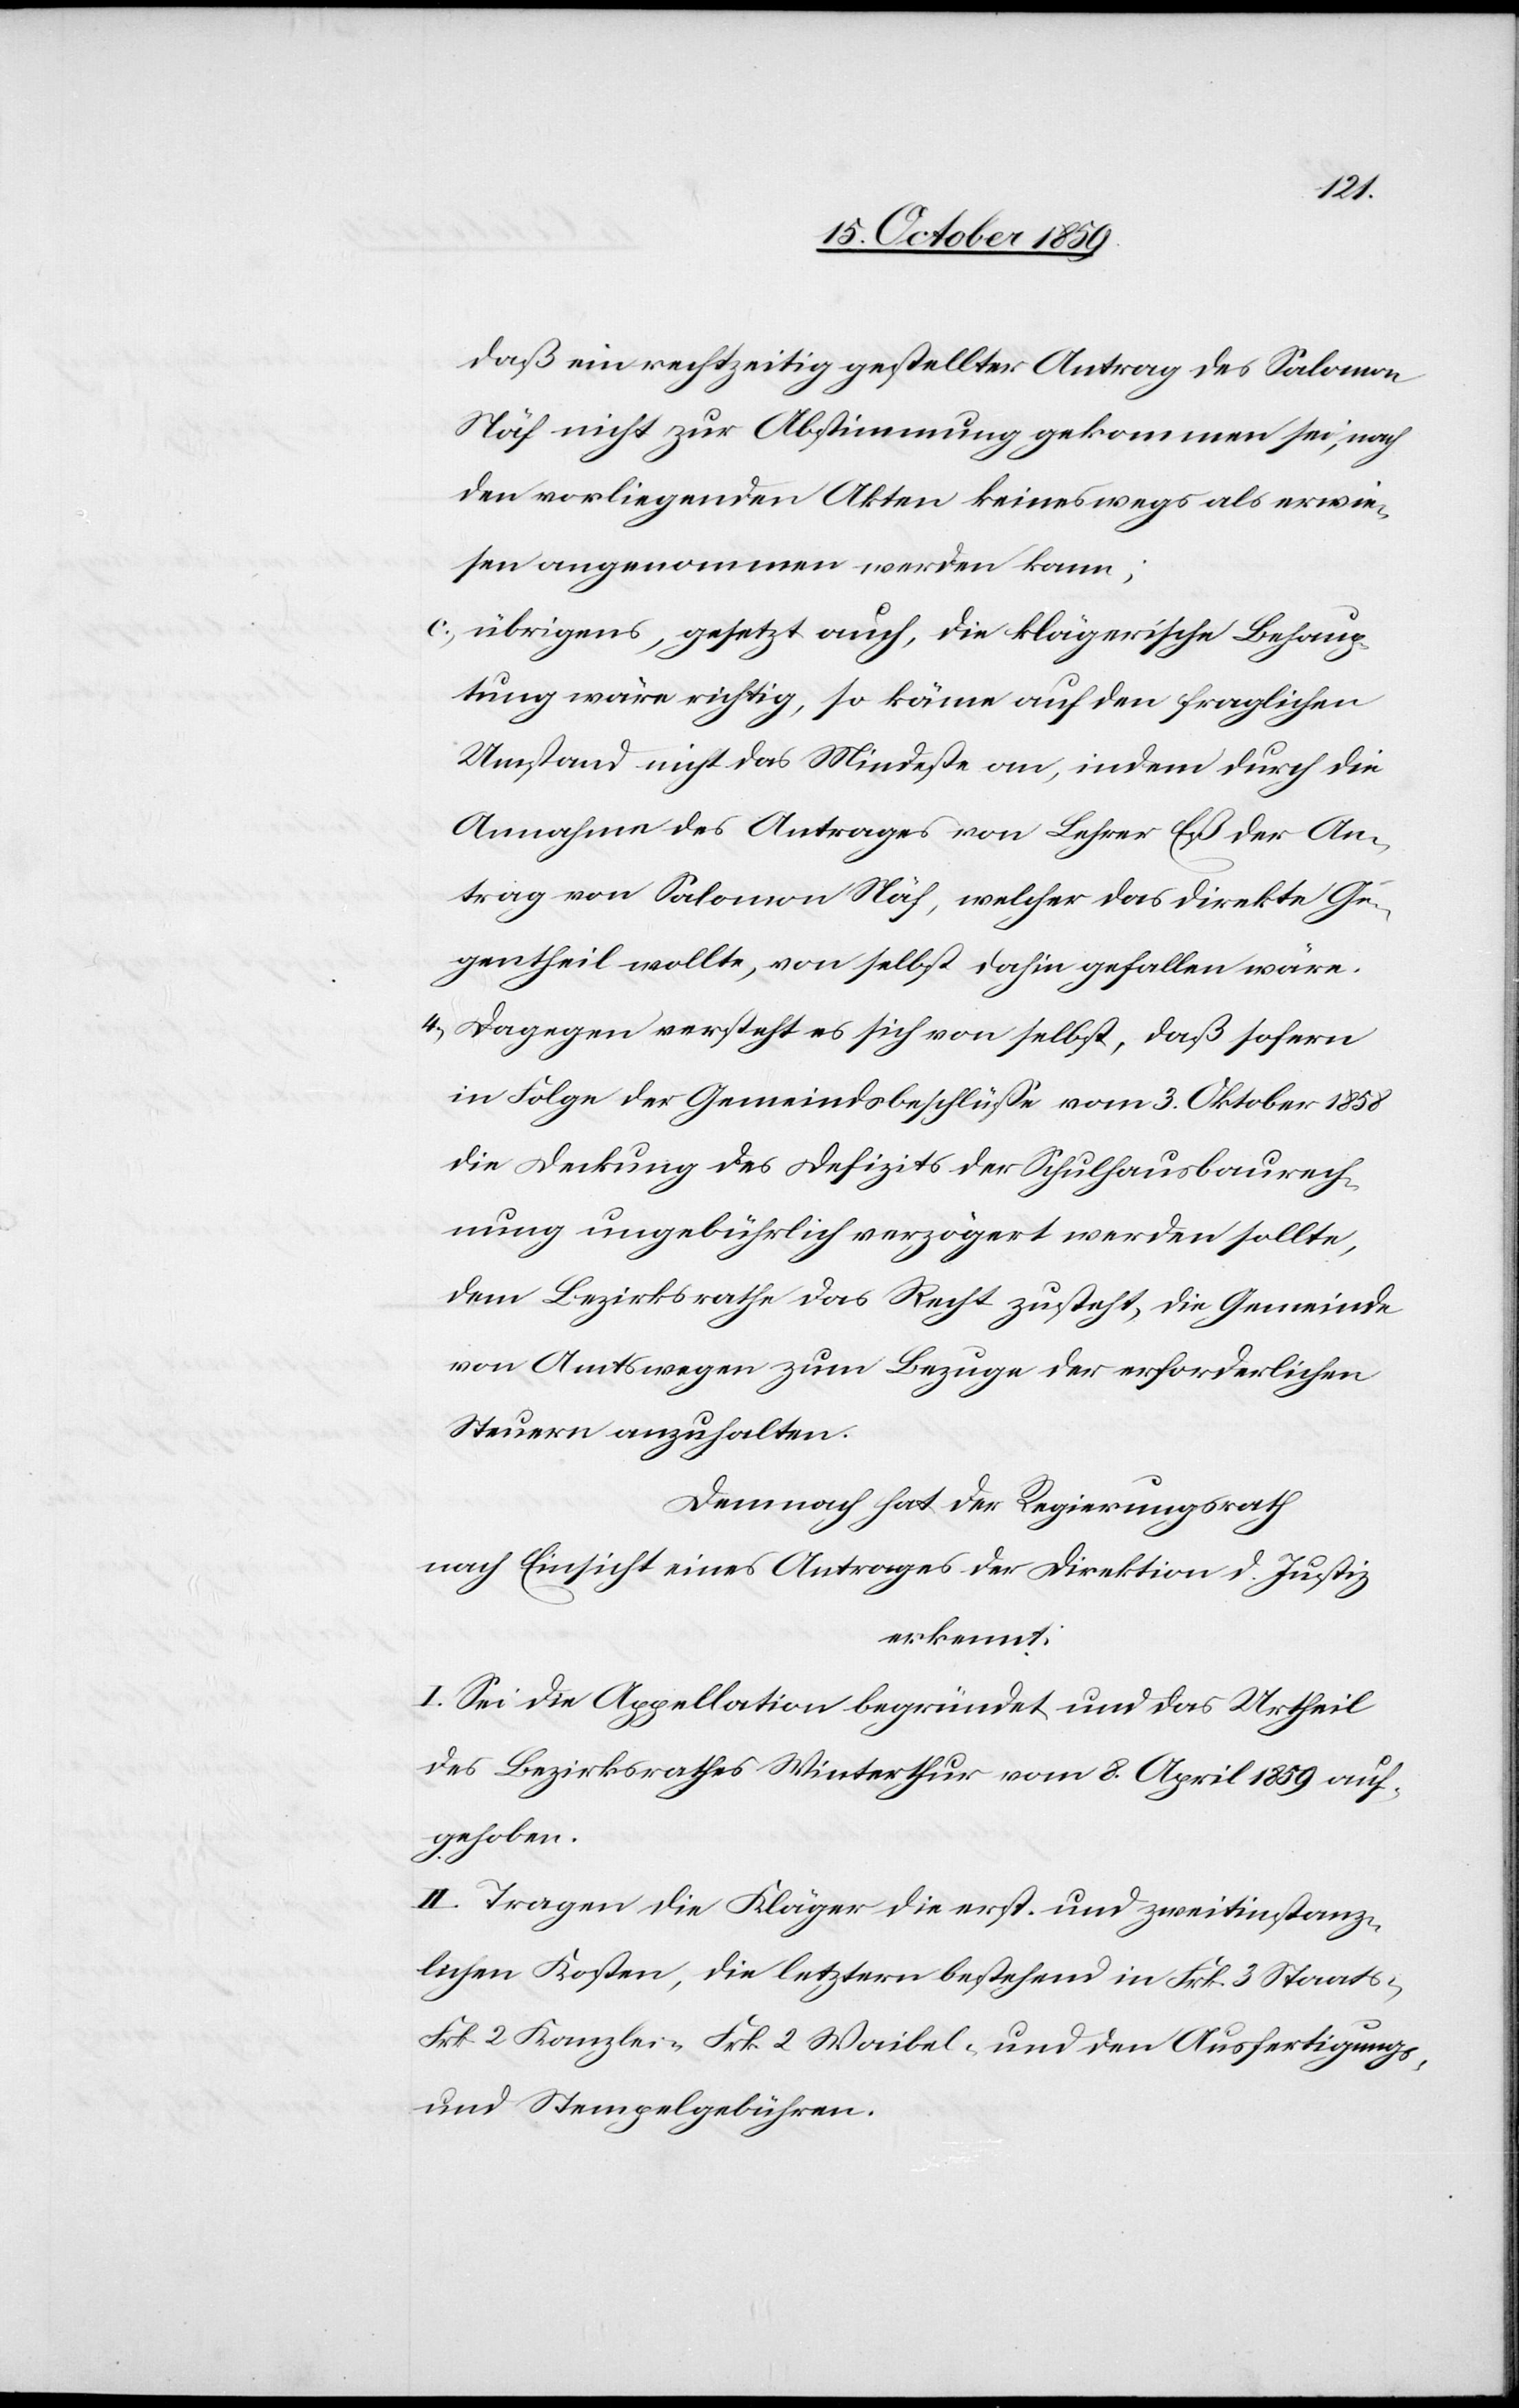
daß ein rechtzeitig gestellter Antrag des Salomon
Näf nicht zur Abstimmung gekommen sei, nach
den vorliegenden Akten keineswegs als erwie¬
sen angenommen werden kann;
c) übrigens, gesetzt auch, die klägerische Behaup¬
tung wäre richtig, so käme auf den fraglichen
Umstand nicht das Mindeste an, indem durch die
Annahme des Antrages von Lehrer Eß der An¬
trag von Salomon Näf, welcher das direkte Ge¬
gentheil wollte, von selbst dahin gefallen wäre.
4) Dagegen versteht es sich von selbst, daß sofern
in Folge der Gemeindsbeschlüsse vom 3. Oktober 1858
die Deckung des Defizits der Schulhausbaurech¬
nung ungebührlich verzögert werden sollte,
dem Bezirksrathe das Recht zusteht, die Gemeinde
von Amtswegen zum Bezuge der erforderlichen
Steuern anzuhalten.
Demnach hat der Regierungsrath
nach Einsicht eines Antrages der Direktion d. Justiz
erkannt:
I. Sei die Appellation begründet und das Urtheil
des Bezirksrathes Winterthur vom 8. April 1859 auf¬
gehoben.
II. Tragen die Kläger die erst- und zweitinstanz¬
lichen Kosten, die letztern bestehend in Frk. 3 Staats-
Frk. 2 Kanzlei- Frk. 2 Waibel- und den Ausfertigungs-
und Stempelgebühren.